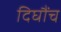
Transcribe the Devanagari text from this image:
दिघौंच